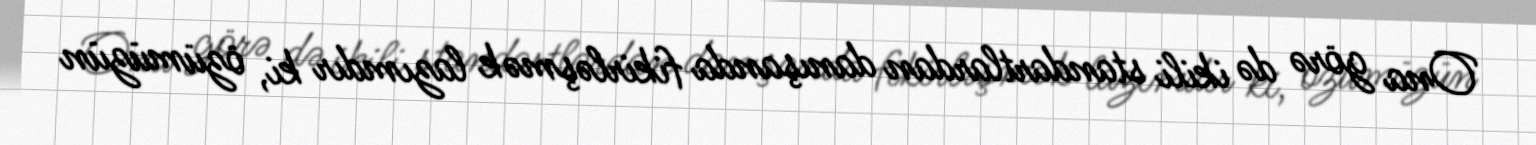
Ona görə də ikili standartlardan danışanda fikirləşmək lazımdır ki, özümüzün